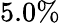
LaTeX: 5.0\%